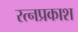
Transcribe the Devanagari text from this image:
रत्नप्रकाश